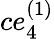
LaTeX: ce_{4}^{(1)}